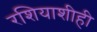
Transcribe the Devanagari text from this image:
रशियाशीही